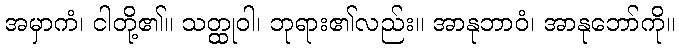
အမှာကံ၊ ငါတို့၏။ သတ္ထုဝါ၊ ဘုရား၏လည်း။ အာနုဘာဝံ၊ အာနုဘော်ကို။